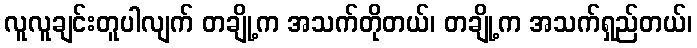
လူလူချင်းတူပါလျက် တချို့က အသက်တိုတယ်၊ တချို့က အသက်ရှည်တယ်၊